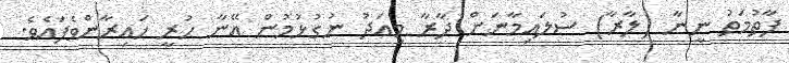
ފާތުމަތު ނީނާ (ލާރާ) ސުލައިމާނަށް ދާރާ މިއަދު ނުގުޅުމުން އޭނާ ހުރީ ހައިރާންވެފައެވެ.